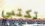
تكتبي